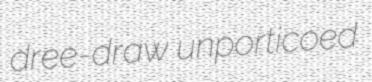
dree-draw unporticoed